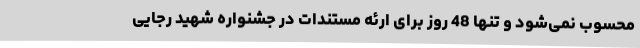
محسوب نمی‌شود و تنها 48 روز برای ارئه مستندات در جشنواره شهید رجایی